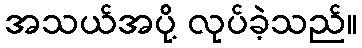
အသယ်အပို့ လုပ်ခဲ့သည်။